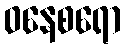
ဝနေစရော